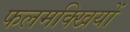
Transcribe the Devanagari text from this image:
फलमक्खियों